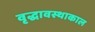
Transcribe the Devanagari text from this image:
वृद्धावस्थाकाल